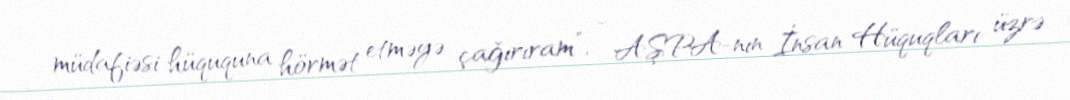
müdafiəsi hüququna hörmət etməyə çağırıram”, - AŞPA-nın İnsan Hüquqları üzrə